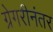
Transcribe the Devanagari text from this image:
ग्रेगरीनंतर